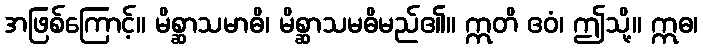
အဖြစ်ကြောင့်။ မိစ္ဆာသမာဓိ၊ မိစ္ဆာသမဓိမည်၏။ ဣတိ ဧဝံ၊ ဤသို့။ ဣဓ၊